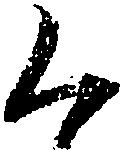
く